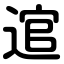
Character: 逭